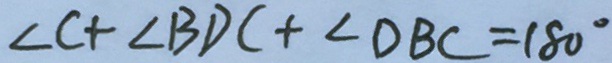
\angle C + \angle B D C + \angle D B C = 1 8 0 ^ { \circ }